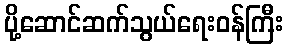
ပို့ဆောင်ဆက်သွယ်ရေးဝန်ကြီး